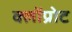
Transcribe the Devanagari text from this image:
क्लोंप्रोट